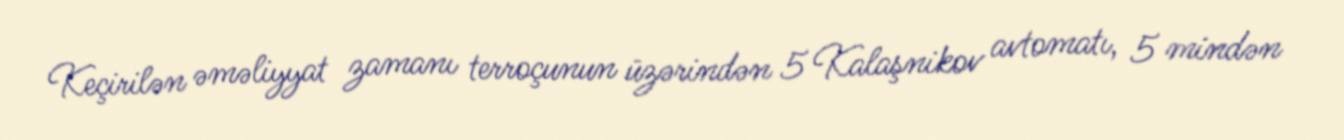
Keçirilən əməliyyat zamanı terroçunun üzərindən 5 Kalaşnikov avtomatı, 5 mindən